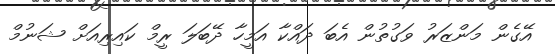
އޭގެން މަންޒަރު ވަގުތުން އެބަ ދައްކާ އަމީހާ ދޭބަލަ ރީމް ކައިރިއަށް ޝަނުމް